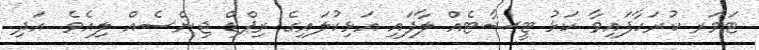
ޓަވަރ ކުރަހާފައިވާ ކަޅު ޓީޝާޓެއް ލާފައި އަޅިކުލައިގެ ރިޕްޑް ޖިންސެއް ލިއެވެ. އަދި